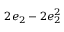
2 e _ { 2 } - 2 e _ { 2 } ^ { 2 }